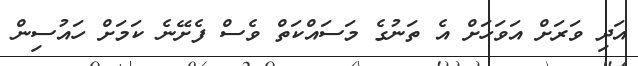
އަދި ވަރަށް އަވަހަށް އެ ތަނުގެ މަސައްކަތް ވެސް ފެށޭނެ ކަމަށް ހައުސިން